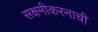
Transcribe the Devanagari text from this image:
सक्षमीकरनाची